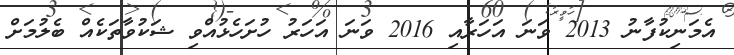
އެމަނިކުފާނު 2013 ވަނަ އަހަރާއި 2016 ވަނަ އަހަރު ހުށަހެޅުއްވި ޝަކުވާތަކެއް ބެލުމަށް